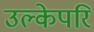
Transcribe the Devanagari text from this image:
उल्केपरि